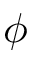
\phi